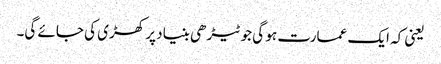
یعنی کہ ایک عمارت ہو گی جو ٹیڑھی بنیاد پر کھڑی کی جائے گی۔